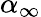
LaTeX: \alpha_{\infty}